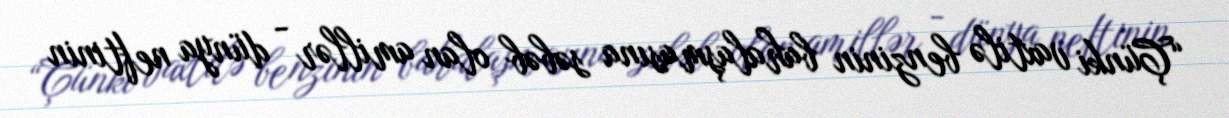
“Çünki vaxtilə benzinin bahalaşmasına səbəb olan amillər - dünya neftinin